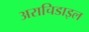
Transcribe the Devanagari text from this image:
अराचिडाइल